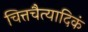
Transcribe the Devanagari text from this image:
चित्तचैत्यादिकं